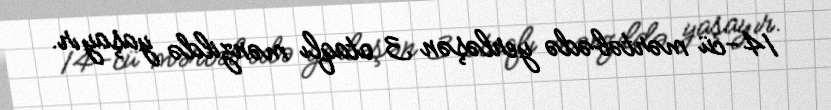
14-cü mərtəbədə yerləşən 3 otaqlı mənzildə yaşayır.